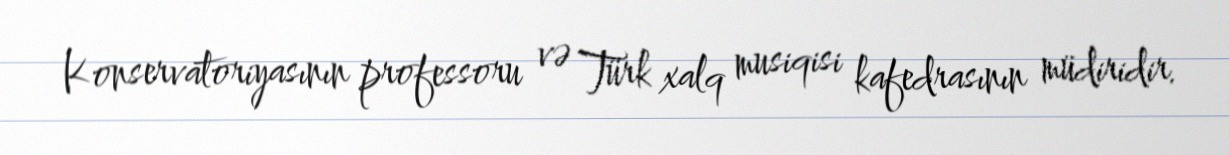
Konservatoriyasının professoru və Türk xalq musiqisi kafedrasının müdiridir.